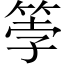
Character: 𫂀